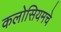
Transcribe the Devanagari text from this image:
कलोसियमचे